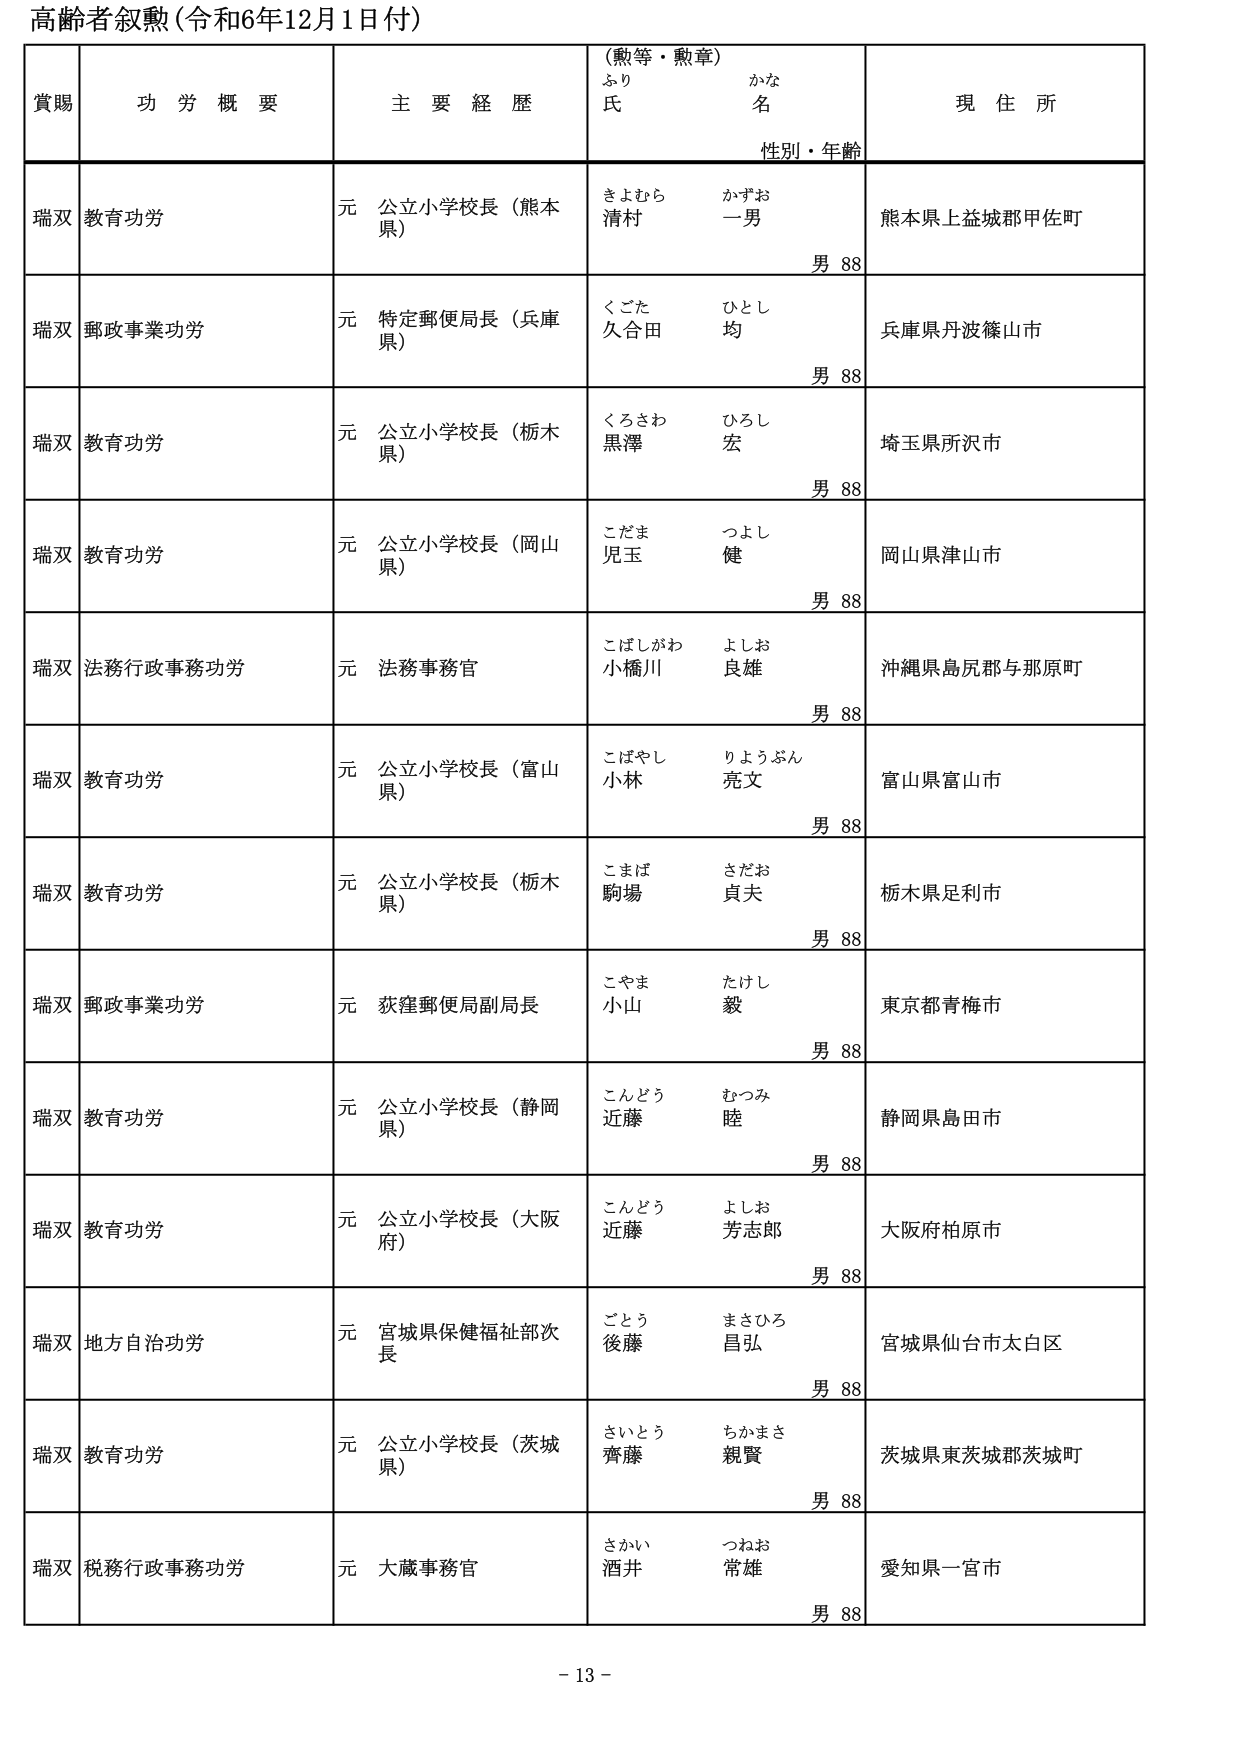
高齢者叙勲（令和6年12月1日付）

賞賜　　功労概要　　主要経歴　　（勲等・勲章）　　現住所
　　　　　　　　　　　　　　ふりがな　　かな
　　　　　　　　　　　　　　氏　　　　名
　　　　　　　　　　　　　　性別・年齢

瑞双　教育功労　　元 公立小学校長（熊本県）　　きよむら　かずお　　熊本県上益城郡甲佐町
　　　　　　　　　　　　　　　　　　　　　　清村　一男　　　　　　男 88

瑞双　郵政事業功労　　元 特定郵便局長（兵庫県）　　くごた　ひとし　　兵庫県丹波篠山市
　　　　　　　　　　　　　　　　　　　　　　久合田　均　　　　　　男 88

瑞双　教育功労　　元 公立小学校長（栃木県）　　くろさわ　ひろし　　埼玉県所沢市
　　　　　　　　　　　　　　　　　　　　　　黒澤　宏　　　　　　　男 88

瑞双　教育功労　　元 公立小学校長（岡山県）　　こだま　つよし　　岡山県津山市
　　　　　　　　　　　　　　　　　　　　　　児玉　健　　　　　　　男 88

瑞双　法務行政事務功労　　元 法務事務官　　こばしがわ　よしお　　沖縄県島尻郡与那原町
　　　　　　　　　　　　　　　　　　　　　　小橋川　良雄　　　　　男 88

瑞双　教育功労　　元 公立小学校長（富山県）　　こばやし　りょうぶん　　富山県富山市
　　　　　　　　　　　　　　　　　　　　　　小林　亮文　　　　　　男 88

瑞双　教育功労　　元 公立小学校長（栃木県）　　こまば　さだお　　栃木県足利市
　　　　　　　　　　　　　　　　　　　　　　駒場　貞夫　　　　　　男 88

瑞双　郵政事業功労　　元 荻窪郵便局副局長　　こやま　たけし　　東京都青梅市
　　　　　　　　　　　　　　　　　　　　　　小山　毅　　　　　　　男 88

瑞双　教育功労　　元 公立小学校長（静岡県）　　こんどう　むつみ　　静岡県島田市
　　　　　　　　　　　　　　　　　　　　　　近藤　睦　　　　　　　男 88

瑞双　教育功労　　元 公立小学校長（大阪府）　　こんどう　よしお　　大阪府柏原市
　　　　　　　　　　　　　　　　　　　　　　近藤　芳志郎　　　　　男 88

瑞双　地方自治功労　　元 宮城県保健福祉部次長　　ごとう　まさひろ　　宮城県仙台市太白区
　　　　　　　　　　　　　　　　　　　　　　後藤　昌弘　　　　　　男 88

瑞双　教育功労　　元 公立小学校長（茨城県）　　さいとう　ちかまさ　　茨城県東茨城郡茨城町
　　　　　　　　　　　　　　　　　　　　　　齊藤　親賢　　　　　　男 88

瑞双　税務行政事務功労　　元 大蔵事務官　　さかい　つねお　　愛知県一宮市
　　　　　　　　　　　　　　　　　　　　　　酒井　常雄　　　　　　男 88

- 13 -